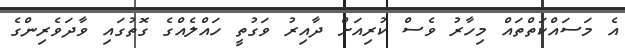
އެ މަސައްކަތްތައް މިހާރު ވެސް ކުރިއަށް ދާއިރު ވަގުތީ ހައްލެއްގެ ގޮތުގައި ވާދަވެރިންގެ